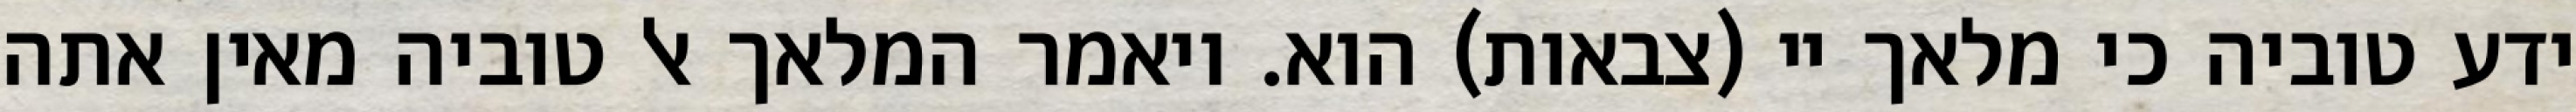
ידע טוביה כי מלאך יי (צבאות) הוא. ויאמר המלאך אל טוביה מאין אתה